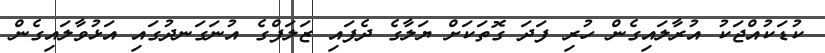
ކުޑަކުއްޖަކު އުރާލައިގެން ހުރި ފަދަ ގޮތަކަށް ޔަލާގެ ދެފައި ޒަލަފްގެ އުނަގަނދުގައި އަޅުވާލައިގެން